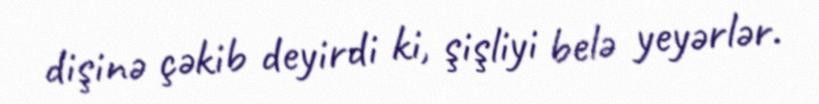
dişinə çəkib deyirdi ki, şişliyi belə yeyərlər.